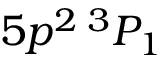
5 p ^ { 2 } \, ^ { 3 } P _ { 1 }